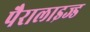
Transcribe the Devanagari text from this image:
पैरालाइज्ड